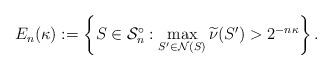
LaTeX: \begin{align*}E_n(\kappa):=\left\{S\in \mathcal{S}_n^\circ: \max_{S'\in\mathcal{N}(S)}\widetilde{\nu}(S')>2^{-n\kappa}\right\}.\end{align*}